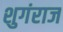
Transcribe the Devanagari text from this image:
शुगंराज